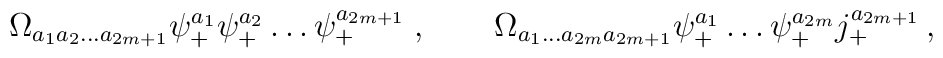
\Omega_{a_1 a_2 \ldots a_{2m+1} } \psi^{a_1}_+ \psi^{a_2}_+ \ldots\psi^{a_{2m+1}}_+ \; , \qquad \Omega_{a_1 \ldots a_{2m} a_{2m+1} }\psi^{a_1}_+ \ldots \psi^{a_{2m}}_+ j^{a_{2m+1}}_+ \,,